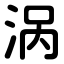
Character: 涡